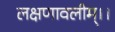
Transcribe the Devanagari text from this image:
लक्षणावलीम्।।